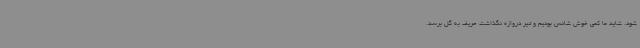
شود. شاید ما کمی خوش شانس بودیم و تیر دروازه نگذاشت حریف به گل برسد.